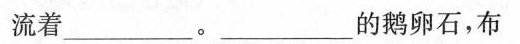
流着___。___的鹅卵石，布